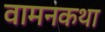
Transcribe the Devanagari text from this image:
वामनकथा